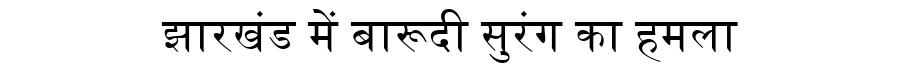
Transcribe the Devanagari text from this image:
झारखंड में बारूदी सुरंग का हमला